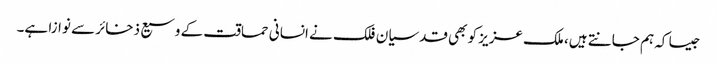
جیسا کہ ہم جانتے ہیں، ملک عزیز کو بھی قدسیان فلک نے انسانی حماقت کے وسیع ذخائر سے نوازا ہے۔